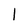
Character: 1